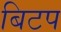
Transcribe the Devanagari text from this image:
बिटप